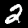
Digit: 2